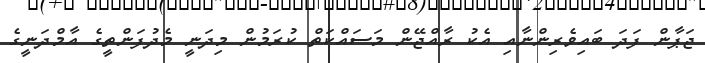
ޖަޕާން ފަދަ ބައިވެރިންނާއި އެކު ރާއްޖޭން މަސައްކަތް ކުރަމުން މިދަނީ މެދުފަންތީގެ އާމްދަނީގެ